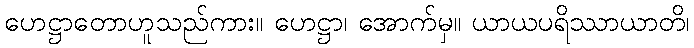
ဟေဋ္ဌာတောဟူသည်ကား။ ဟေဋ္ဌာ၊ အောက်မှ။ ယာယပရိဿာယာတိ၊